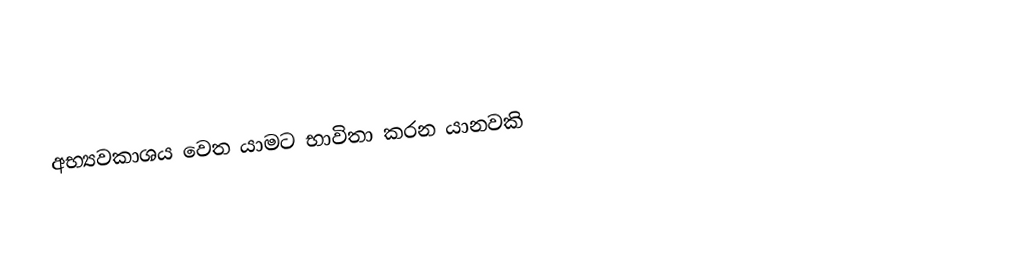
අභ්‍යවකාශය වෙත යාමට භාවිතා කරන යානවකි